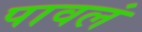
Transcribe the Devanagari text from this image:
पावलं